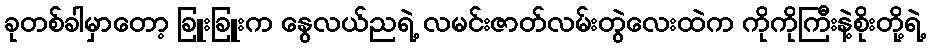
ခုတစ်ခါမှာတော့ ခြူးခြူးက နွေလယ်ညရဲ့ လမင်းဇာတ်လမ်းတွဲလေးထဲက ကိုကိုကြီးနဲ့စိုးတို့ရဲ့